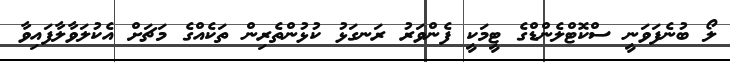
ލޯ ބުނެފަވަނީ ސްކޮޓްލެންޑްގެ ޓީމަކީ ފެންވަރު ރަނގަޅު ކުޅުންތެރިން ތަކެއްގެ މަޗަށް އެކުލަވާލާފައިވާ